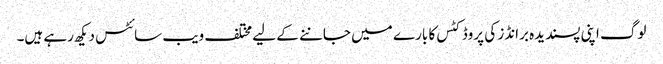
لوگ اپنی پسندیدہ برانڈز کی پروڈکٹس کا بارے میں جاننے کے لیے مختلف ویب سائٹس دیکھ رہے ہیں۔